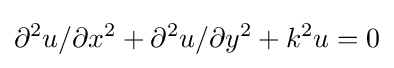
\partial ^{2}u/\partial x^{2}+\partial ^{2}u/\partial y^{2}+k^{2}u=0